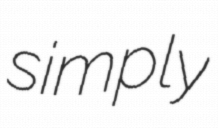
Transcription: simply